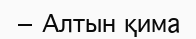
— Алтын қима